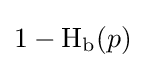
1-\operatorname {H} _{\text{b}}(p)